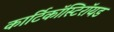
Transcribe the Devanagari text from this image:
कार्टिकॉस्टिरॉयड